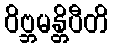
ဝိဗ္ဘမန္တိပီတိ